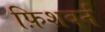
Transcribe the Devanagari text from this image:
फ़िशबर्न